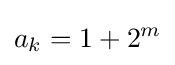
a_{k}=1+2^{m}